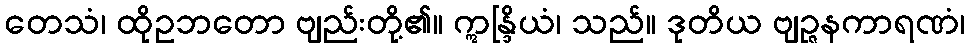
တေသံ၊ ထိုဥဘတော ဗျည်းတို့၏။ ဣန္ဒြိယံ၊ သည်။ ဒုတိယ ဗျဉ္ဇနကာရဏံ၊